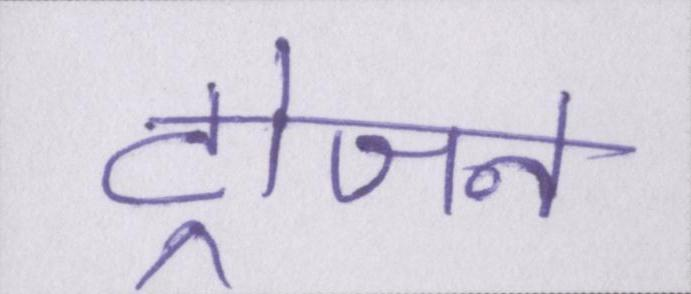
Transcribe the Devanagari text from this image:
ट्रोजन